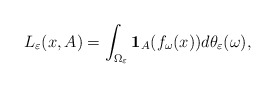
\begin{align*} L_{\varepsilon} (x, A)=\int_{\Omega_{\varepsilon}}\mathbf{1}_{A}(f_{\omega}(x))d\theta_{\varepsilon}(\omega), \end{align*}